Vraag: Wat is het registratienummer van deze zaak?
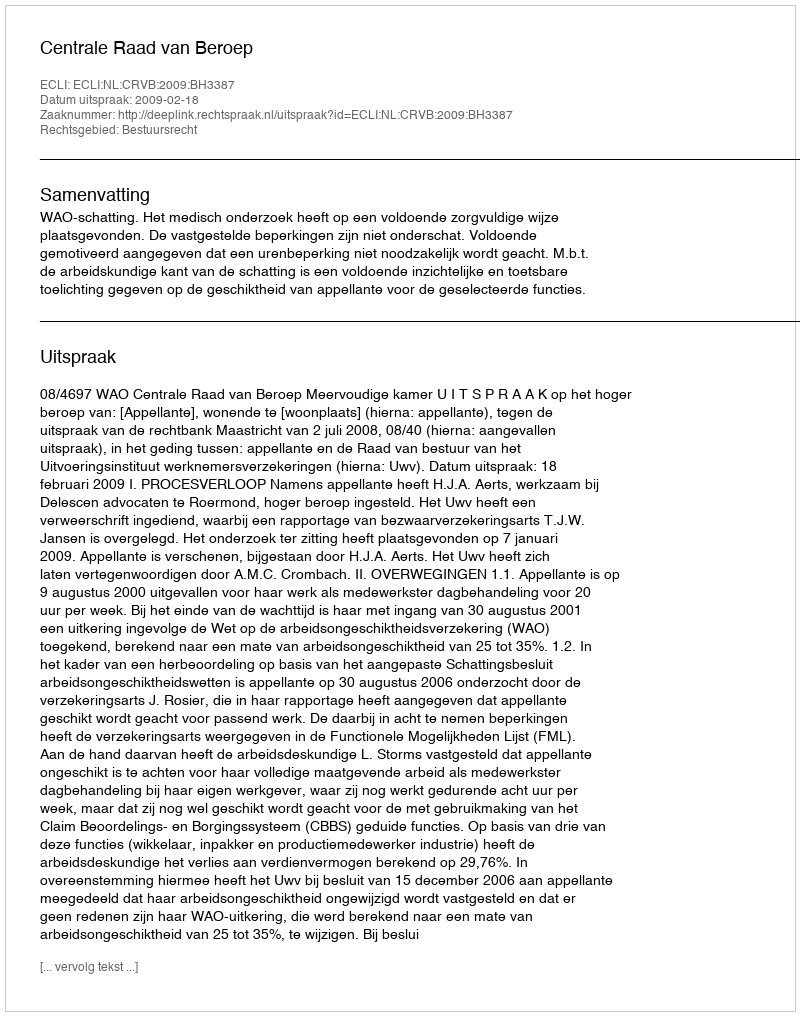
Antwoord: http://deeplink.rechtspraak.nl/uitspraak?id=ECLI:NL:CRVB:2009:BH3387